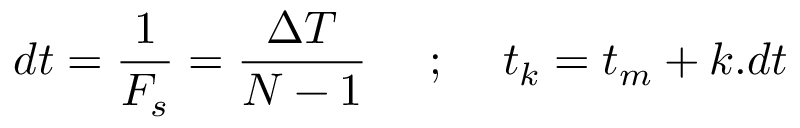
d t = \frac { 1 } { F _ { s } } = \frac { \Delta T } { N - 1 } \quad \mathrm { ~ ; ~ } \quad t _ { k } = t _ { m } + k . d t